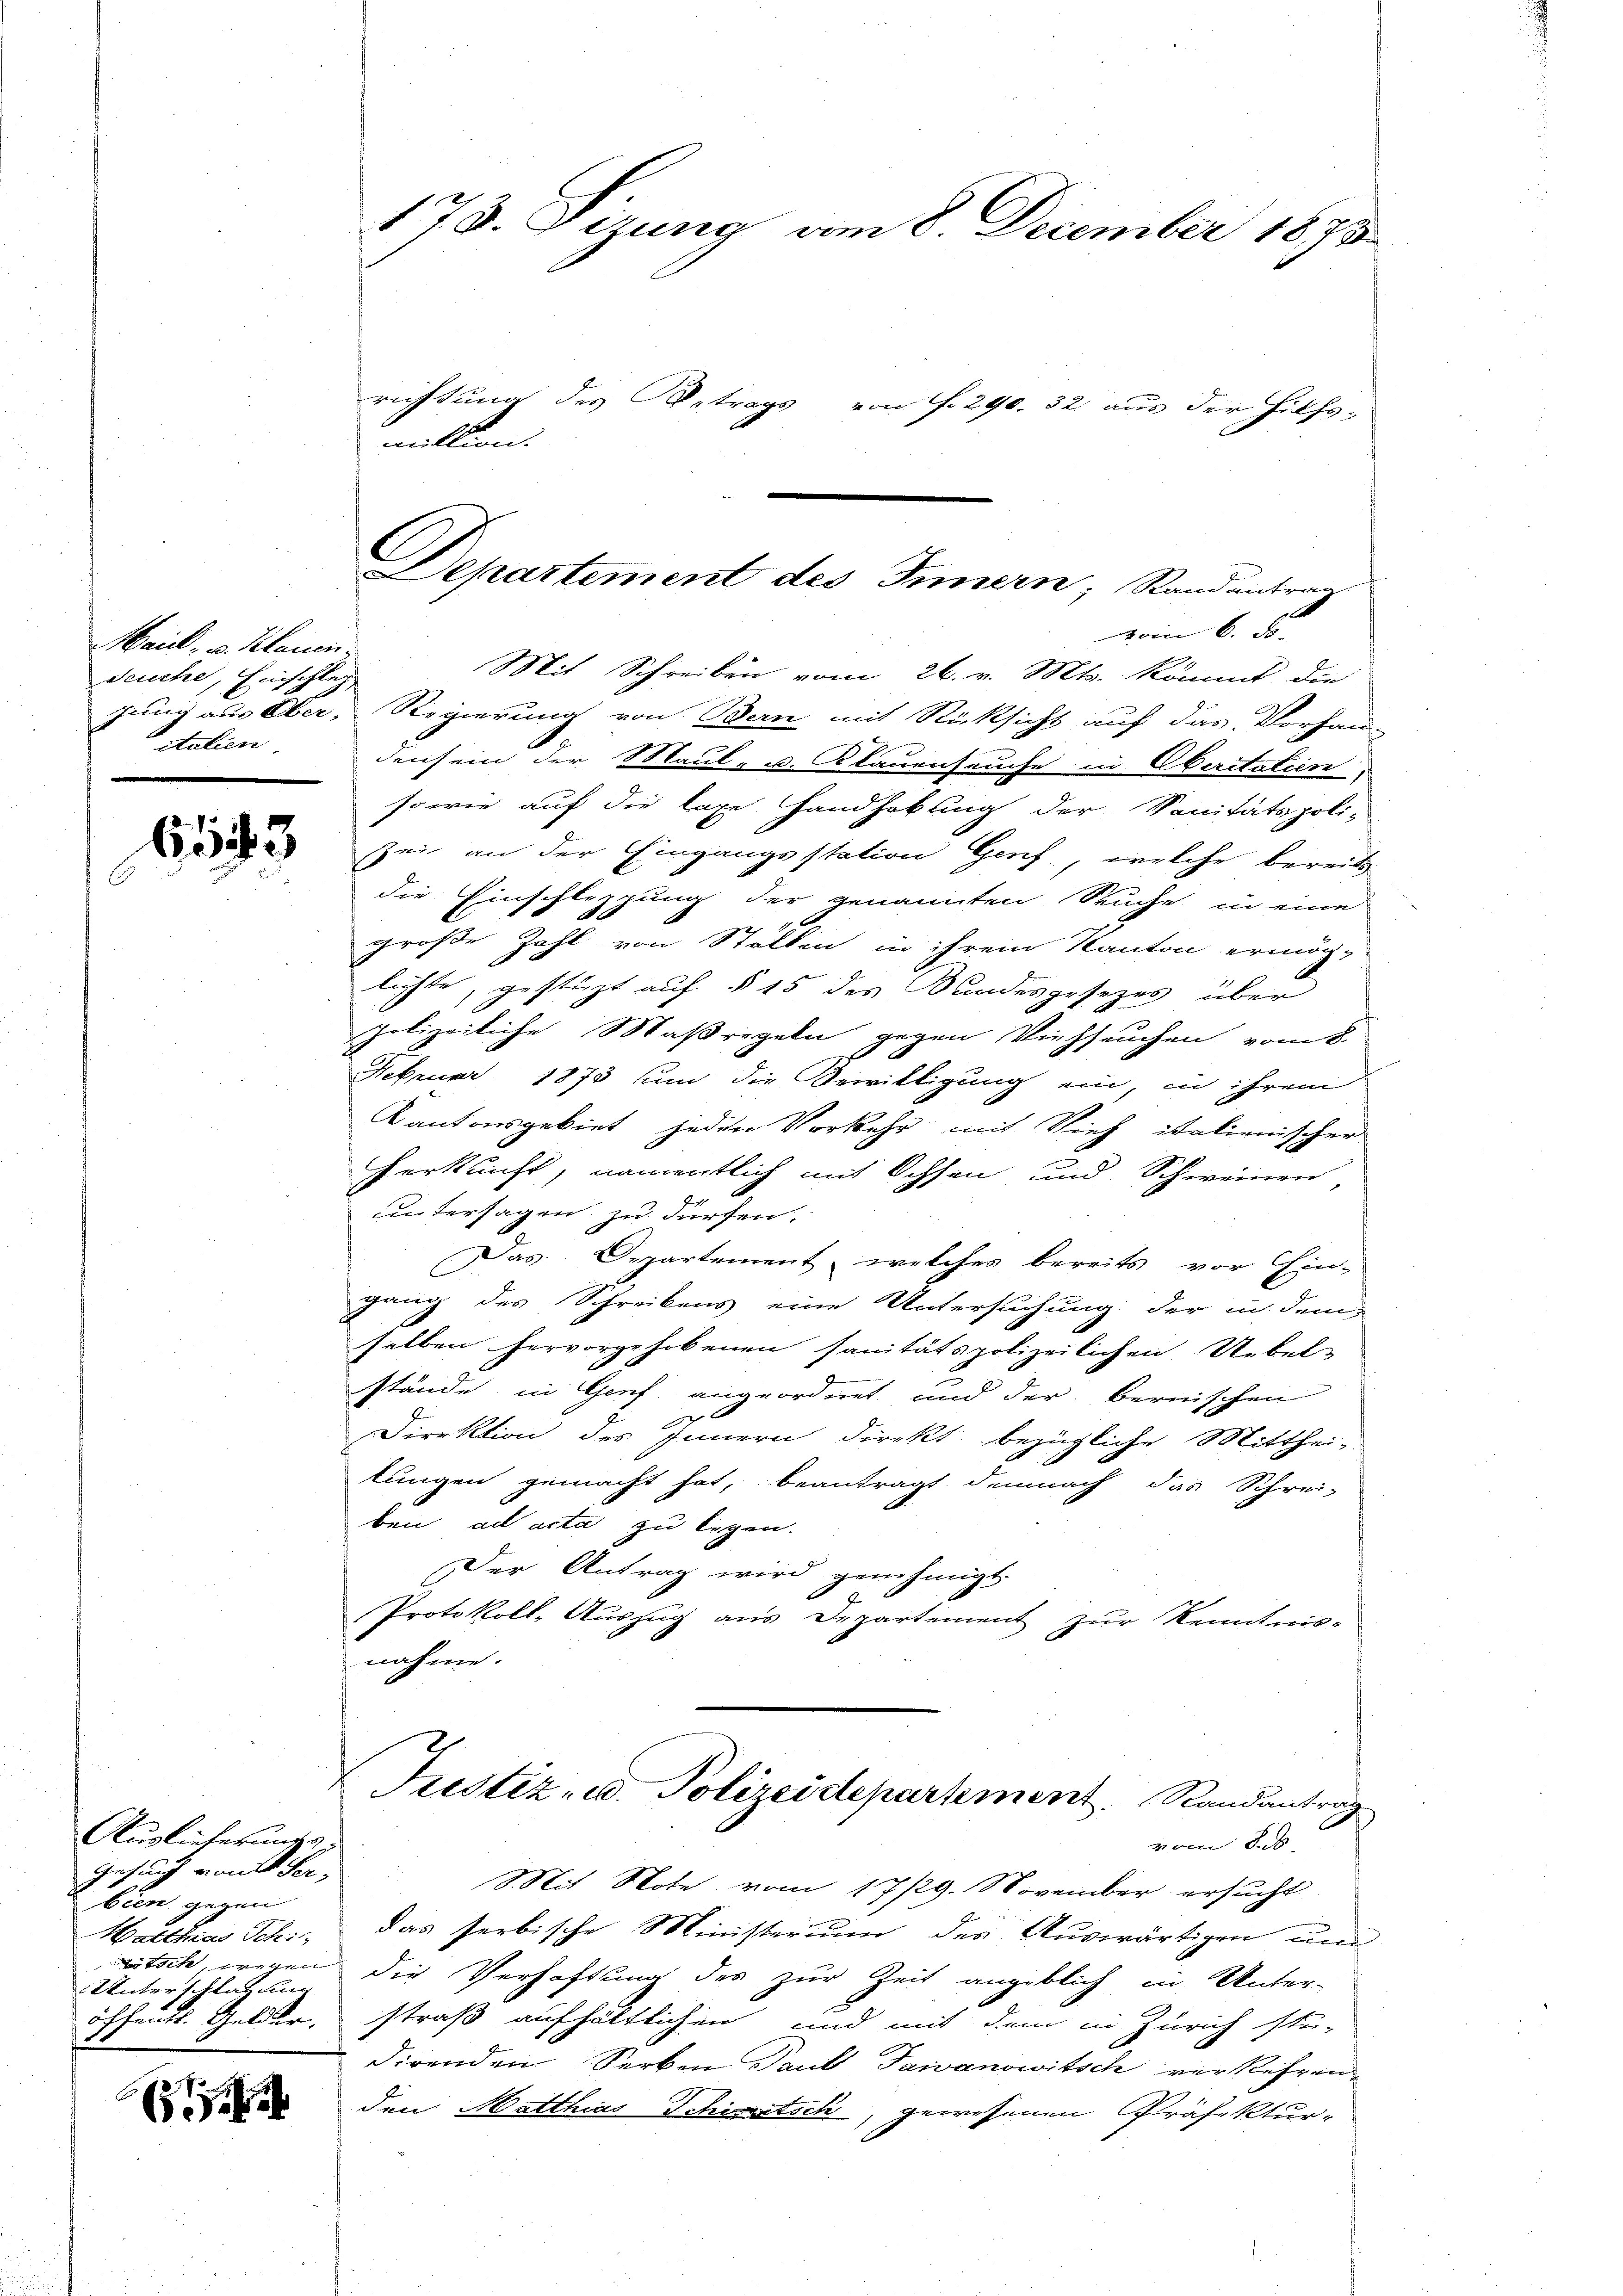
Maidl, u. Klauen.
Seuche, Einschleg
Jung aus Ober-
italien

613

Auglicherungs
Gesung vom Sa-
bien gegen
Hatthias Schi
sch wegen
Unterschlag ung
öffends. Gelder.

¬

178. Dirung vom 8. December 1873.

richtung des Betrags von f. 290. 32 aus der Hilfs-
Mit Schreiben vom 26. v. Mts. kömmt, die
Regierung von Bern mit Rücksicht auf das Vorhan-
densein der Maul- u. Klauenseuche in Aberitaten
sowie auf die lage Handhabung der Sanitätspoli-
zei an der Eingangsstation Genf, welche bereits
die Einschleppung der genannten Seuche in eine
große Zahl von Ställen in ihrem Kanton ermög-
lichte, gestüzt auf § 15 des Bundesgesezes über
polizeiliche Maßregeln gegen Viehseuchen vom 8.
Februar 1873 um die Bewilligung ein, in ihrem
Kantonsgebiet jeden Vorkehr mit Vieh italienischer
Herkunft, namentlich mit Ochsen und Schweinen
untersagen zu dürfen.
Das Departement, welches bereits vor Ein-
gang des Schreibens eine Untersuchung der in dem
selben hervorgehobenen sanitätspolizeilichen Uebel-
stände in Genf angeordnet und der bernischen

Direktion des Innern direkt bezügliche Mitthei-
lungen gemacht hat, beantragt demnach das Schrei-
ben, ad acta zu legen.
Der Antrag wird genehmigt.
Protokoll, Auszug aus Departement zur Kenntnis-
nahme.
Justiz- u. Polizeidepartement Randantrag
vom S
Mit Note vom 17/29. November ersucht
das serbische Ministerium des Auswärtigen un
die Verhaftung des zur Zeit angeblich in Unter-
straß aufhältlichen, und mit dem in Zürich stu-
direnden Serken Paul Pawanowitsch verkehren
den Matthias Schiwetsch, gewesenen Präfektur-

mittion.

1
Departement des Innern, Randantrag

vom 6. d.